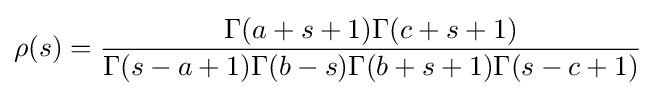
\rho (s)={\frac {\Gamma (a+s+1)\Gamma (c+s+1)}{\Gamma (s-a+1)\Gamma (b-s)\Gamma (b+s+1)\Gamma (s-c+1)}}